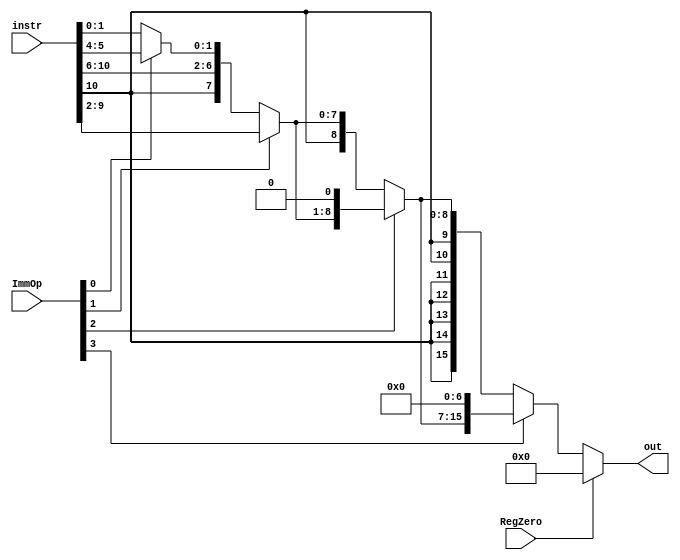
`timescale 1ns / 1ps

module ImmediateGenerator(
    output [15:0] out,
    input [10:0] instr,
    input [3:0] ImmOp,
    input RegZero
    );
    
    wire [15:0] imm7,imm9;
    wire [15:0] mx1,mx2,mx3;
    
    assign imm7 = ImmOp[0] ? {{9{instr[10]}},instr[10:4]} : {{9{instr[10]}},instr[10:6],instr[1:0]};
    assign imm9 = {{7{instr[10]}},instr[10:2]};
    
    assign mx1 = ImmOp[1] ? imm9 : imm7;
    assign mx2 = ImmOp[2] ? {mx1[14:0],1'b0} : mx1;
    assign mx3 = ImmOp[3] ? {mx2[8:0],7'b0} : mx2;
    
    assign out = RegZero ? 16'b0 : mx3;
    
endmodule